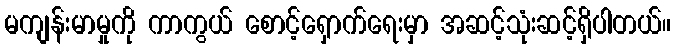
မကျန်းမာမှုကို ကာကွယ် စောင့်ရှောက်ရေးမှာ အဆင့်သုံးဆင့်ရှိပါတယ်။